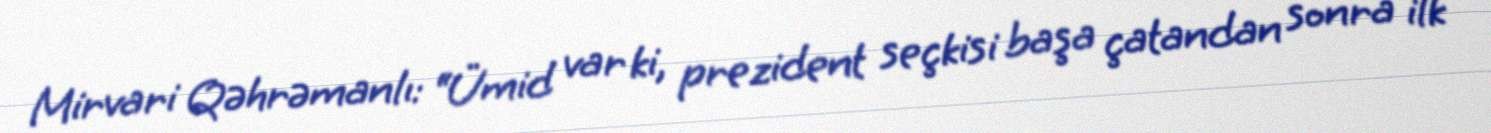
Mirvari Qəhrəmanlı: “Ümid var ki, prezident seçkisi başa çatandan sonra ilk